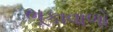
ભૂકાવાળો